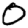
Digit: 0